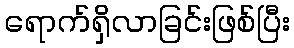
ရောက်ရှိလာခြင်းဖြစ်ပြီး